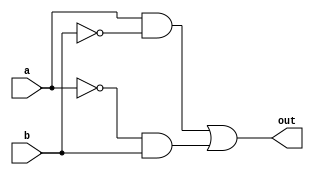
module xor_gate_pass_gates(
    input wire a, 
    input wire b, 
    output reg out
);

assign pass_gate_a = a & ~b;
assign pass_gate_b = ~a & b;

assign out = pass_gate_a | pass_gate_b;

endmodule